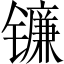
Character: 镰